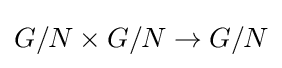
G/N\times G/N\to G/N